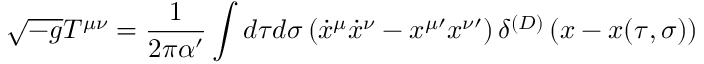
\sqrt { - g } T ^ { \mu \nu } = \frac { 1 } { 2 \pi \alpha ^ { \prime } } \int d \tau d \sigma \left( { \dot { x } } ^ { \mu } { \dot { x } } ^ { \nu } - x ^ { \mu \prime } x ^ { \nu \prime } \right) \delta ^ { ( D ) } \left( x - x ( \tau , \sigma ) \right)